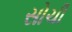
સોચી